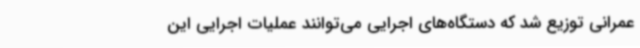
عمرانی توزیع شد که دستگاه‌های اجرایی می‌توانند عملیات اجرایی این